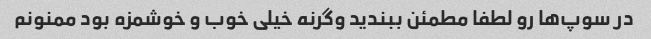
در سوپ‌ها رو لطفا مطمئن ببندید وگرنه خیلی خوب و خوشمزه بود ممنونم